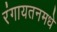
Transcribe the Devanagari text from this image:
रंगायतनमधे